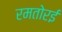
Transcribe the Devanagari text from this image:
रमतोरई